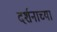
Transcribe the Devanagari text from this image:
दर्शनाच्या